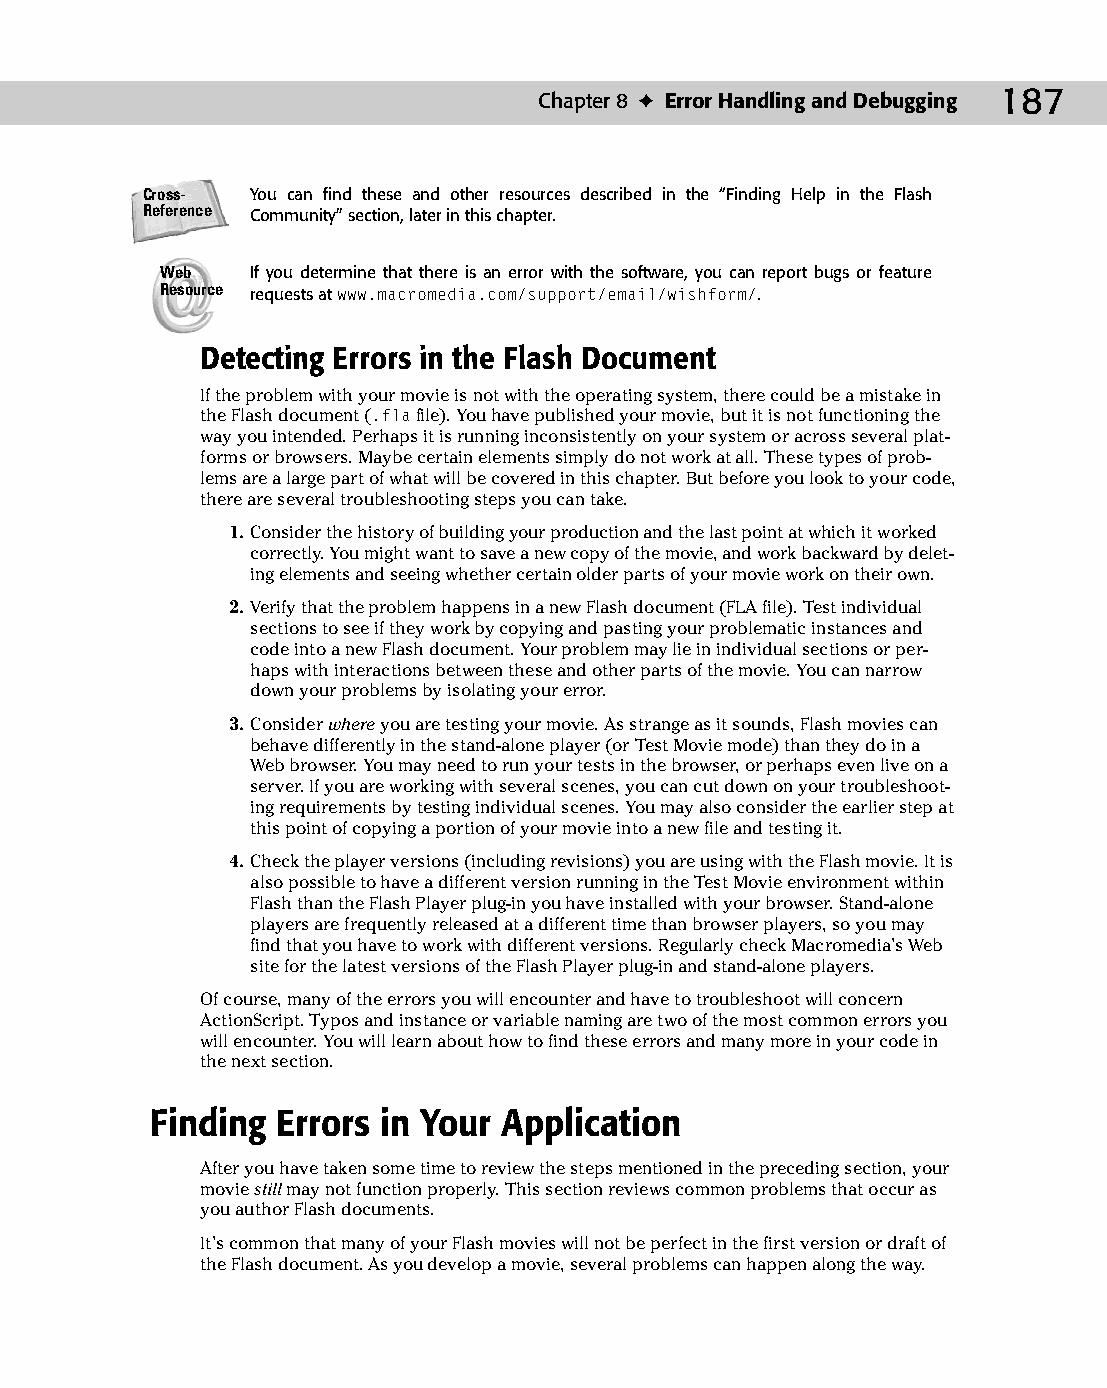
11 543547 ch08.qxd 3/24/04 3:49 PM Page 187
 Chapter 8 ✦ Error Handling and Debugging 187
 Cross-  You can find these and other resources described in the “Finding Help in the Flash
 Reference Community” section, later in this chapter.
 Web   If you determine that there is an error with the software, you can report bugs or feature
 Resource requests at www.macromedia.com/support/email/wishform/.
 Detecting Errors in the Flash Document
 If the problem with your movie is not with the operating system, there could be a mistake in
 the Flash document (.fla file). You have published your movie, but it is not functioning the
 way you intended. Perhaps it is running inconsistently on your system or across several plat­
 forms or browsers. Maybe certain elements simply do not work at all. These types of prob­
 lems are a large part of what will be covered in this chapter. But before you look to your code,
 there are several troubleshooting steps you can take.
 1. Consider the history of building your production and the last point at which it worked
 correctly. You might want to save a new copy of the movie, and work backward by delet­
 ing elements and seeing whether certain older parts of your movie work on their own.
 2. Verify that the problem happens in a new Flash document (FLA file). Test individual
 sections to see if they work by copying and pasting your problematic instances and
 code into a new Flash document. Your problem may lie in individual sections or per­
 haps with interactions between these and other parts of the movie. You can narrow
 down your problems by isolating your error.
 3. Consider where you are testing your movie. As strange as it sounds, Flash movies can
 behave differently in the stand-alone player (or Test Movie mode) than they do in a
 Web browser. You may need to run your tests in the browser, or perhaps even live on a
 server. If you are working with several scenes, you can cut down on your troubleshoot­
 ing requirements by testing individual scenes. You may also consider the earlier step at
 this point of copying a portion of your movie into a new file and testing it.
 4. Check the player versions (including revisions) you are using with the Flash movie. It is
 also possible to have a different version running in the Test Movie environment within
 Flash than the Flash Player plug-in you have installed with your browser. Stand-alone
 players are frequently released at a different time than browser players, so you may
 find that you have to work with different versions. Regularly check Macromedia’s Web
 site for the latest versions of the Flash Player plug-in and stand-alone players.
 Of course, many of the errors you will encounter and have to troubleshoot will concern
 ActionScript. Typos and instance or variable naming are two of the most common errors you
 will encounter. You will learn about how to find these errors and many more in your code in
 the next section.
 Finding Errors in Your Application
 After you have taken some time to review the steps mentioned in the preceding section, your
 movie still may not function properly. This section reviews common problems that occur as
 you author Flash documents.
 It’s common that many of your Flash movies will not be perfect in the first version or draft of
 the Flash document. As you develop a movie, several problems can happen along the way.